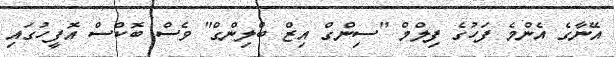
އޭނާގެ އެންމެ ފަހުގެ ފިލްމް "ސިންގް އިޒް ބްލިންގް" ވެސް ބޮކްސް އޮފީހުގައި